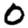
Digit: 0